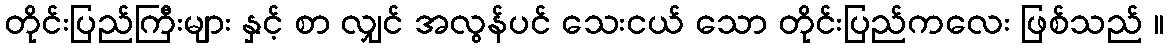
တိုင်းပြည်ကြီးများ နှင့် စာ လျှင် အလွန်ပင် သေးငယ် သော တိုင်းပြည်ကလေး ဖြစ်သည် ။